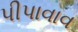
પીપાવાવ